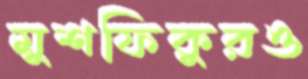
মুশফিকুরও